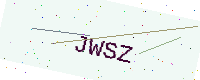
Text: JWSZ